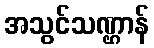
အသွင်သဏ္ဌာန်